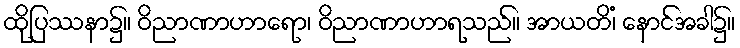
ထိုပြဿနာ၌။ ဝိညာဏာဟာရော၊ ဝိညာဏာဟာရသည်။ အာယတိံ၊ နောင်အခါ၌။